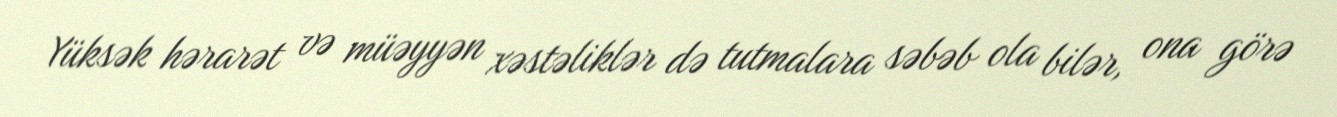
Yüksək hərarət və müəyyən xəstəliklər də tutmalara səbəb ola bilər, ona görə